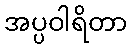
အပ္ပဝါရိတာ